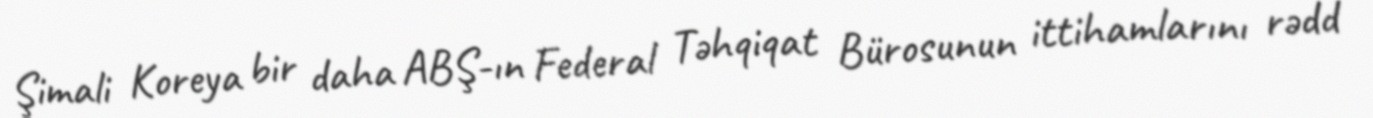
Şimali Koreya bir daha ABŞ-ın Federal Təhqiqat Bürosunun ittihamlarını rədd